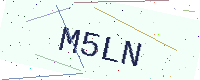
Text: M5LN